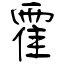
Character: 霍